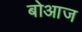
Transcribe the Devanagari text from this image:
बोआज